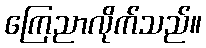
ကြေညာလိုက်သည်။